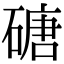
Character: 磄